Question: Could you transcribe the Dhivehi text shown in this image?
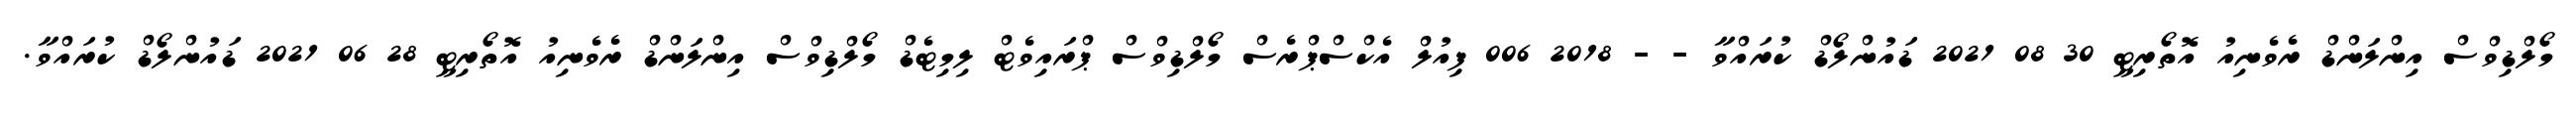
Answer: މޯލްޑިވްސް އިންލަންޑް ރެވެނިއު އޮތޯރިޓީ 30 08 2021 ޑައުންލޯޑް ކުރައްވާ - - 2018 006 ފިއުލް އެކްސްޕްރެސް މޯލްޑިވްސް ޕްރައިވެޓް ލިމިޓެޑް މޯލްޑިވްސް އިންލަންޑް ރެވެނިއު އޮތޯރިޓީ 28 06 2021 ޑައުންލޯޑް ކުރައްވާ.